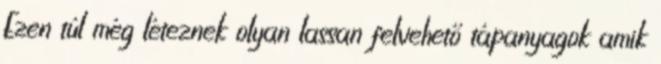
Ezen túl még léteznek olyan lassan felvehető tápanyagok amik